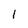
Character: 1